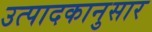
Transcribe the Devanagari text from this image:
उत्पादकानुसार